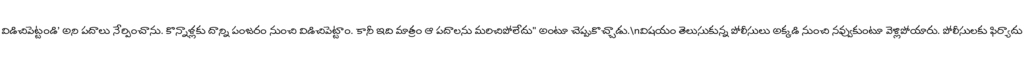
విడిచిపెట్టండి' అని పదాలు నేర్పించాను. కొన్నాళ్లకు దాన్ని పంజరం నుంచి విడిచిపెట్టాం. కానీ ఇది మాత్రం ఆ పదాలను మరిచిపోలేదు" అంటూ చెప్పుకొచ్చాడు.\nవిషయం తెలుసుకున్న పోలీసులు అక్కడి నుంచి నవ్వుకుంటూ వెళ్లిపోయారు. పోలీసులకు ఫిర్యాదు